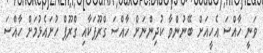
ވަނީ ހާއްސަ އެހީއަށް ބޭނުންވާ ކުދިންނަށް ހާއްސަ ގްރޫޕަކާއި ގްރޫޕް ހުށައެޅުމަށް ހާއްސަ